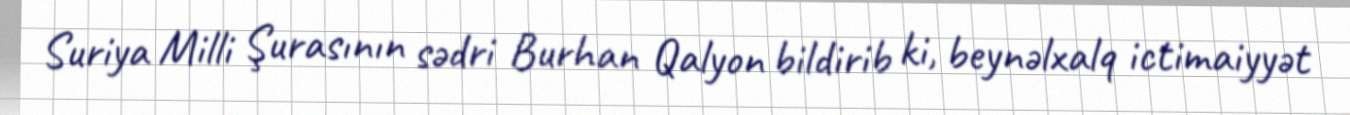
Suriya Milli Şurasının sədri Burhan Qalyon bildirib ki, beynəlxalq ictimaiyyət